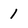
Character: 1